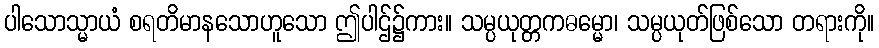
ပါသောသ္မာယံ စရတိမာနသောဟူသော ဤပါဌ်၌ကား။ သမ္ပယုတ္တကဓမ္မော၊ သမ္ပယုတ်ဖြစ်သော တရားကို။